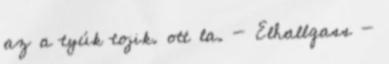
az a tyúk tojik. ott la. - Elhallgass -